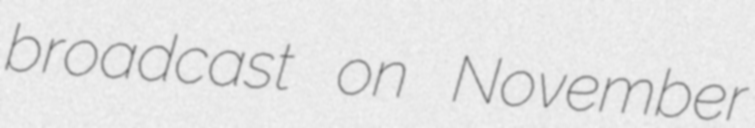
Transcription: broadcast on November